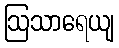
ဩသာရေယျ